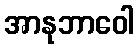
အာနုဘာဝေါ